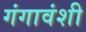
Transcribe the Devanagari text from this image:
गंगावंशी